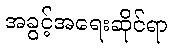
အခွင့်အရေးဆိုင်ရာ